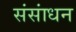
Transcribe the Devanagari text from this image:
संसांधन